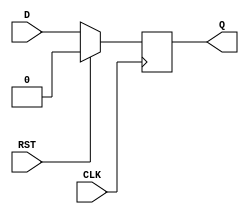
module d_ff_with_reset (
    input wire D,
    input wire CLK,
    input wire RST,
    output reg Q
);

always @(posedge CLK) begin
    if (RST) begin
        Q <= 1'b0;
    end else begin
        Q <= D;
    end
end

endmodule